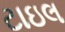
ટાઇલ